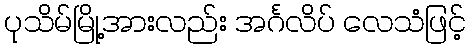
ပုသိမ်မြို့အားလည်း အင်္ဂလိပ် လေသံဖြင့်